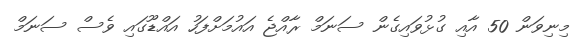
މިނިވަން 50 އާއި ގުޅުވައިގެން ސަނަމް ރާއްޖެ އައުމަށްފަހު އައްޑޫގައި ވެސް ސަނަމް